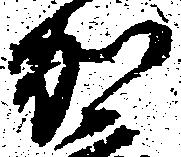
加